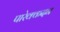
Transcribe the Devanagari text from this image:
पारेक्कदन